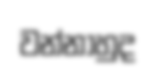
වන්නාහුද